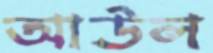
আউল